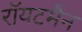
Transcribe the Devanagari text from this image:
रॉयटमैन